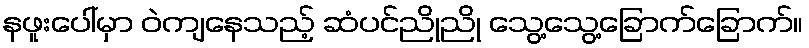
နဖူးပေါ်မှာ ဝဲကျနေသည့် ဆံပင်ညိုညို သွေ့သွေ့ခြောက်ခြောက်။